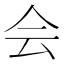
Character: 会